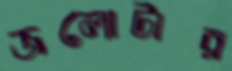
জলোটার